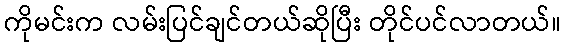
ကိုမင်းက လမ်းပြင်ချင်တယ်ဆိုပြီး တိုင်ပင်လာတယ်။